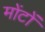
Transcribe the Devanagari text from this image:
मोंटों